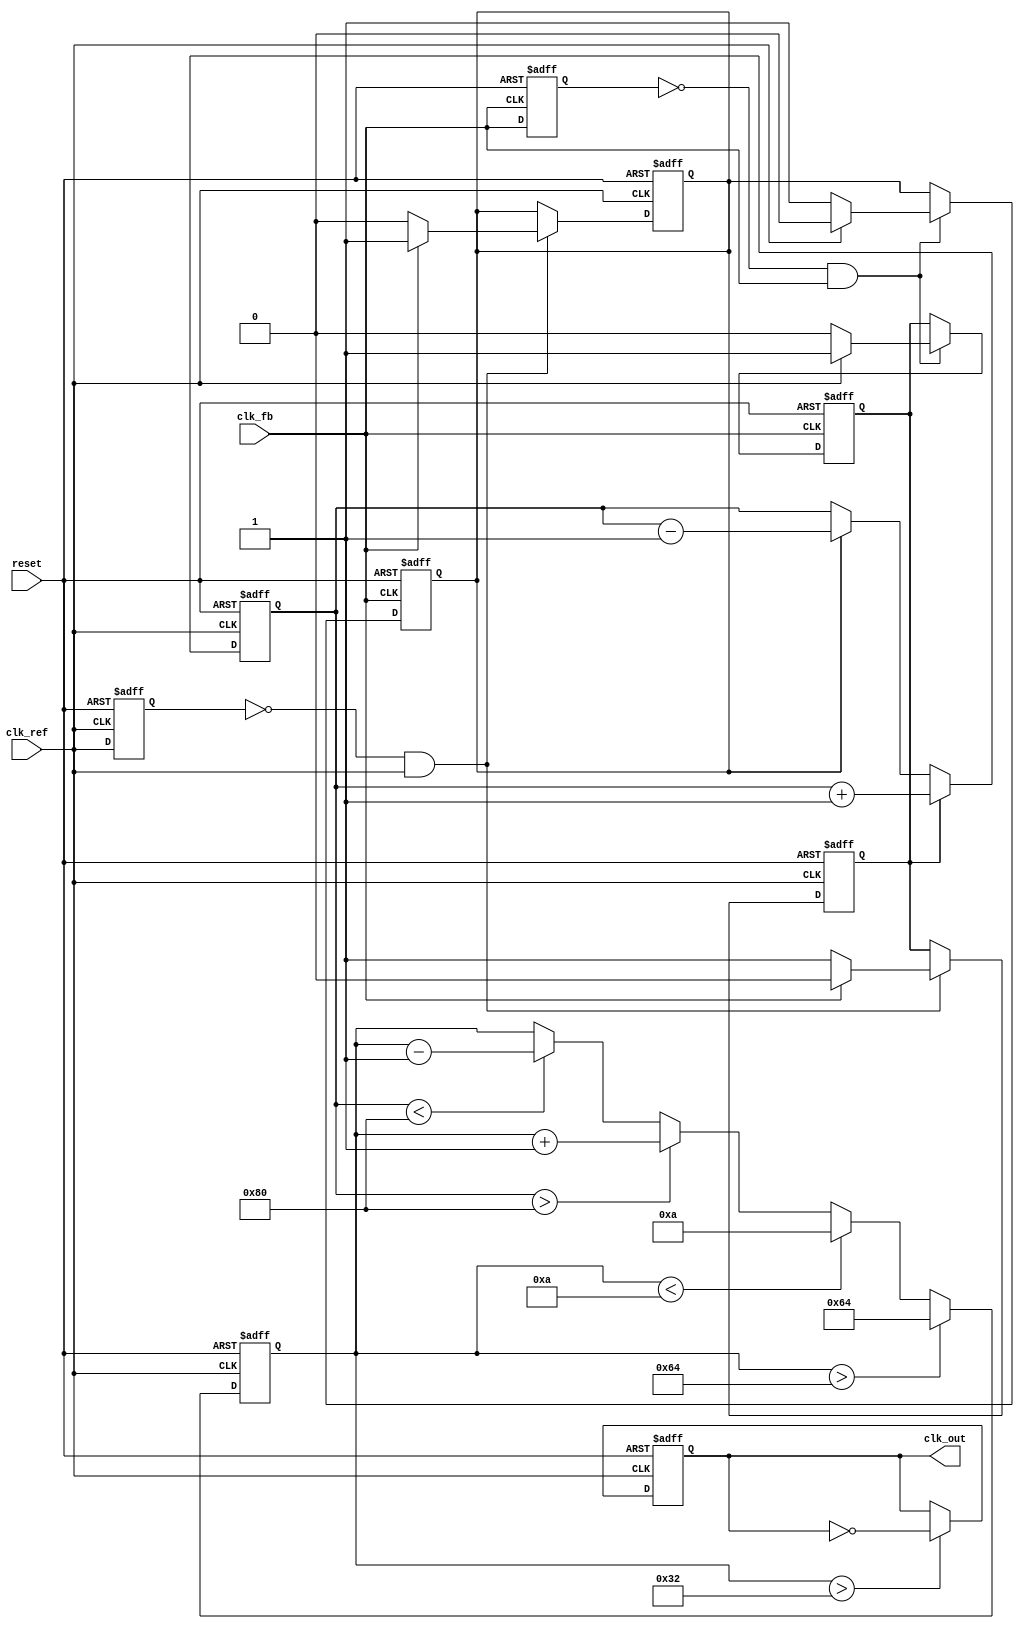
module cp_pll (
    input wire clk_ref,          // Reference clock
    input wire clk_fb,           // Feedback clock from VCO
    input wire reset,            // Asynchronous reset
    output reg clk_out           // Output clock
);

// Parameters
parameter integer VCO_MAX_FREQ = 100; // Maximum VCO frequency
parameter integer VCO_MIN_FREQ = 10;   // Minimum VCO frequency
parameter integer CHARGE_CURRENT = 1;  // Charge pump current
parameter integer DISCHARGE_CURRENT = 1; // Discharge pump current

// PFD signals
reg pfd_up, pfd_down;
reg clk_ref_prev, clk_fb_prev;

// Charge Pump signals
reg [7:0] control_voltage; // Control voltage for VCO
reg charge, discharge;

// VCO signal
reg [7:0] vco_freq; // VCO frequency control

// Phase Frequency Detector (PFD)
always @(posedge clk_ref or posedge reset) begin
    if (reset) begin
        pfd_up <= 0;
        pfd_down <= 0;
        clk_ref_prev <= 0;
    end else begin
        if (clk_ref_prev == 0 && clk_ref == 1) begin
            if (clk_fb == 0) begin
                pfd_up <= 1;
                pfd_down <= 0;
            end else begin
                pfd_up <= 0;
                pfd_down <= 1;
            end
        end
        clk_ref_prev <= clk_ref;
    end
end

always @(posedge clk_fb or posedge reset) begin
    if (reset) begin
        pfd_up <= 0;
        pfd_down <= 0;
        clk_fb_prev <= 0;
    end else begin
        if (clk_fb_prev == 0 && clk_fb == 1) begin
            if (clk_ref == 0) begin
                pfd_up <= 0;
                pfd_down <= 1;
            end else begin
                pfd_up <= 1;
                pfd_down <= 0;
            end
        end
        clk_fb_prev <= clk_fb;
    end
end

// Charge Pump
always @(posedge clk_ref or posedge reset) begin
    if (reset) begin
        control_voltage <= 8'b0;
    end else begin
        if (pfd_up) begin
            control_voltage <= control_voltage + CHARGE_CURRENT;
        end else if (pfd_down) begin
            control_voltage <= control_voltage - DISCHARGE_CURRENT;
        end
    end
end

// Loop Filter (simple RC filter model)
always @(posedge clk_ref or posedge reset) begin
    if (reset) begin
        vco_freq <= VCO_MIN_FREQ;
    end else begin
        // Simple integration of control voltage to determine VCO frequency
        if (control_voltage > 8'd128) begin
            vco_freq <= vco_freq + 1; // Increase frequency
        end else if (control_voltage < 8'd128) begin
            vco_freq <= vco_freq - 1; // Decrease frequency
        end
        
        // Clamp VCO frequency to max/min limits
        if (vco_freq > VCO_MAX_FREQ) begin
            vco_freq <= VCO_MAX_FREQ;
        end else if (vco_freq < VCO_MIN_FREQ) begin
            vco_freq <= VCO_MIN_FREQ;
        end
    end
end

// VCO Output Clock Generation
always @(posedge clk_ref or posedge reset) begin
    if (reset) begin
        clk_out <= 0;
    end else begin
        // Generate output clock based on VCO frequency
        if (vco_freq > 50) begin
            clk_out <= ~clk_out; // Toggle clock output
        end
    end
end

endmodule